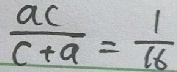
\frac { a c } { c + a } = \frac { 1 } { 1 6 }